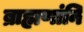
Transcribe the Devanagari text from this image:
ब्राह्मणांनि